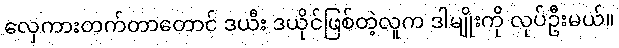
လှေကားတက်တာတောင် ဒယီး ဒယိုင်ဖြစ်တဲ့လူက ဒါမျိုးကို လုပ်ဦးမယ်။